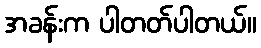
အခန်းက ပါတတ်ပါတယ်။